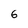
Character: 6